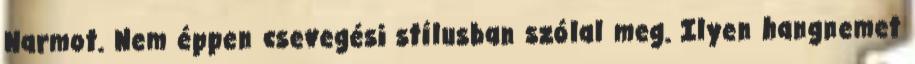
Narmot. Nem éppen csevegési stílusban szólal meg. Ilyen hangnemet